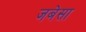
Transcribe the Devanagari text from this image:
जबेसा